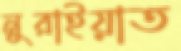
নুরাইয়াত